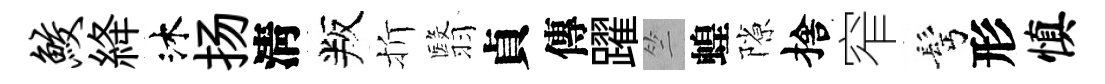
鲛絳沐扬淸叛折翳貞傳躍竺蝗隙捨窄髩形慎